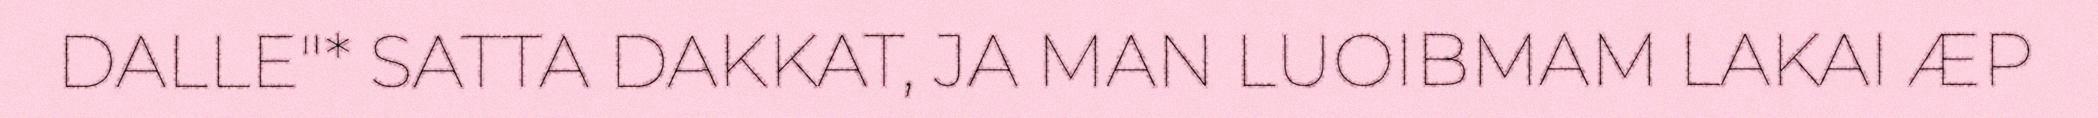
DALLE"* SATTA DAKKAT, JA MAN LUOIBMAM LAKAI ÆP